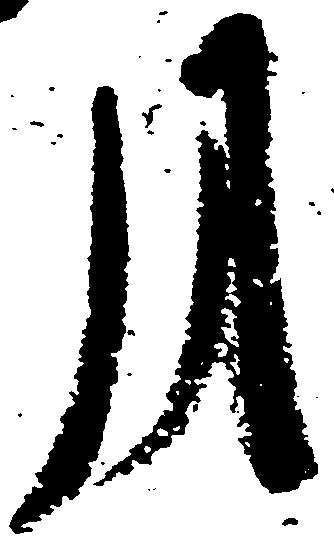
月